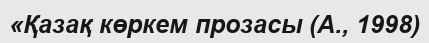
«Қазақ көркем прозасы (А., 1998)